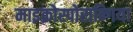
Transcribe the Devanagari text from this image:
माइक्रोस्पोरान्गिया